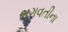
ભગવતીના